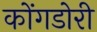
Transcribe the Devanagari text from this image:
कोंगडोरी